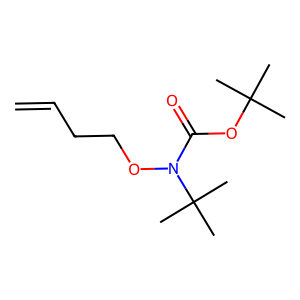
SMILES: C=CCCON(C(=O)OC(C)(C)C)C(C)(C)C
Inhibits HIV replication: No